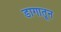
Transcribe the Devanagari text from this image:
डागातून